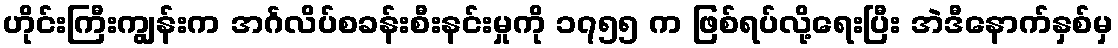
ဟိုင်းကြီးကျွန်းက အင်္ဂလိပ်စခန်းစီးနင်းမှုကို ၁၇၅၅ က ဖြစ်ရပ်လို့ရေးပြီး အဲဒီနောက်နှစ်မှ